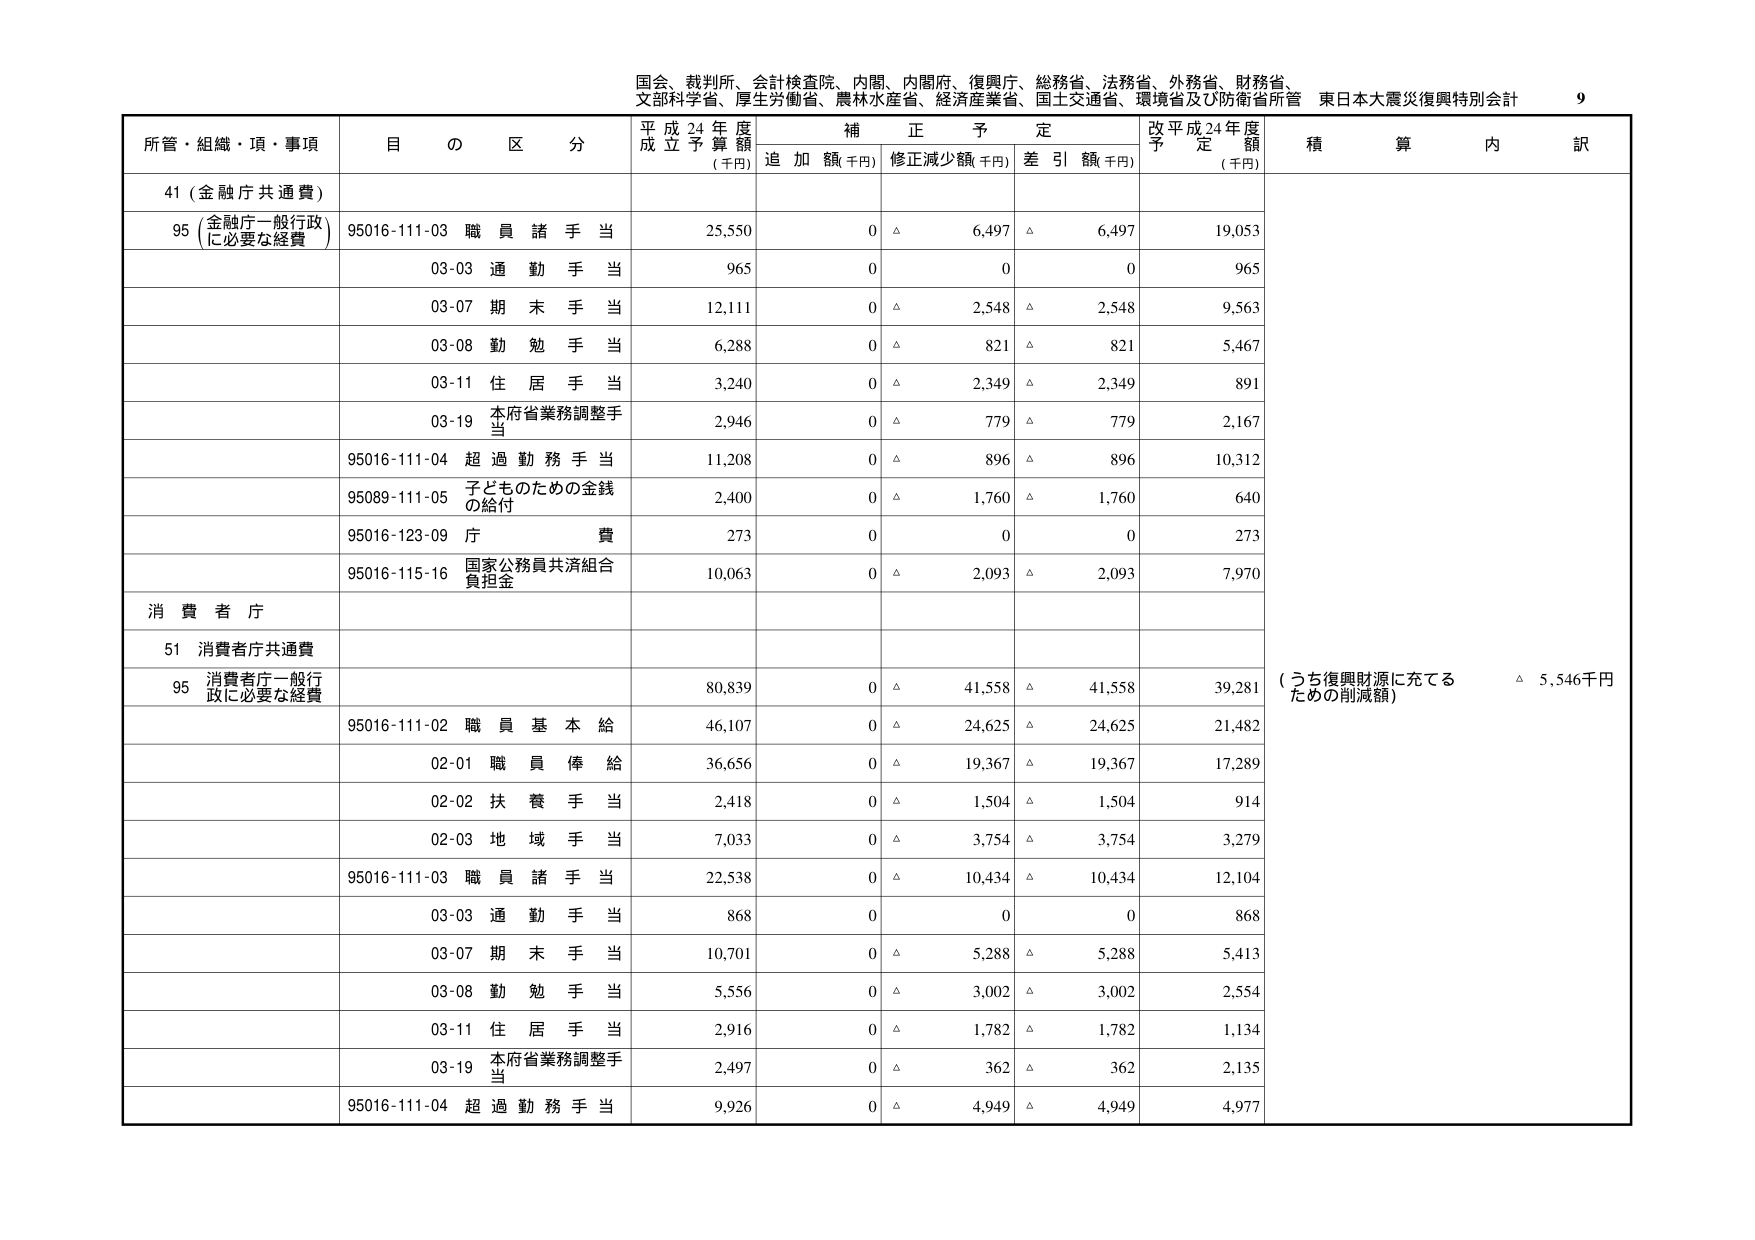
国会、裁判所、会計検査院、内閣、内閣府、復興庁、総務省、法務省、外務省、財務省、
文部科学省、厚生労働省、農林水産省、経済産業省、国土交通省、環境省及び防衛省所管 東日本大震災復興特別会計 9

所管・組織・項・事項 目の区分 平成24年度成立予算額 (千円) 補正予定 追加額(千円) 修正減少額(千円) 差引額(千円) 改平成24年度予定額 (千円) 積算内訳

41 (金融庁共通費)

95 (金融庁一般行政に必要な経費) 95016-111-03 職員諸手当 25,550 0 △ 6,497 △ 6,497 19,053

03-03 通勤手当 965 0 0 0 965

03-07 期末手当 12,111 0 △ 2,548 △ 2,548 9,563

03-08 勤勉手当 6,288 0 △ 821 △ 821 5,467

03-11 住居手当 3,240 0 △ 2,349 △ 2,349 891

03-19 本府省業務調整手当 2,946 0 △ 779 △ 779 2,167

95016-111-04 超過勤務手当 11,208 0 △ 896 △ 896 10,312

95089-111-05 子どものための金銭の給付 2,400 0 △ 1,760 △ 1,760 640

95016-123-09 庁費 273 0 0 0 273

95016-115-16 国家公務員共済組合負担金 10,063 0 △ 2,093 △ 2,093 7,970

消費者庁

51 消費者庁共通費

95 消費者庁一般行政に必要な経費 80,839 0 △ 41,558 △ 41,558 39,281 (うち復興財源に充てるための削減額) △ 5,546千円

95016-111-02 職員基本給 46,107 0 △ 24,625 △ 24,625 21,482

02-01 職員俸給 36,656 0 △ 19,367 △ 19,367 17,289

02-02 扶養手当 2,418 0 △ 1,504 △ 1,504 914

02-03 地域手当 7,033 0 △ 3,754 △ 3,754 3,279

95016-111-03 職員諸手当 22,538 0 △ 10,434 △ 10,434 12,104

03-03 通勤手当 868 0 0 0 868

03-07 期末手当 10,701 0 △ 5,288 △ 5,288 5,413

03-08 勤勉手当 5,556 0 △ 3,002 △ 3,002 2,554

03-11 住居手当 2,916 0 △ 1,782 △ 1,782 1,134

03-19 本府省業務調整手当 2,497 0 △ 362 △ 362 2,135

95016-111-04 超過勤務手当 9,926 0 △ 4,949 △ 4,949 4,977